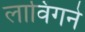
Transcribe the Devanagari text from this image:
लाविंगने